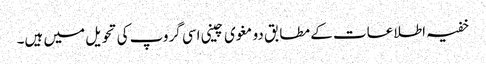
خفیہ اطلاعات کے مطابق دو مغوی چینی اسی گروپ کی تحویل میں ہیں۔